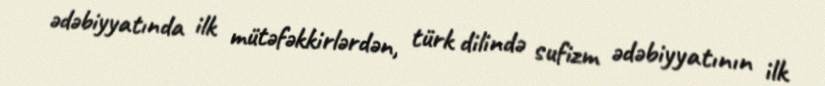
ədəbiyyatında ilk mütəfəkkirlərdən, türk dilində sufizm ədəbiyyatının ilk